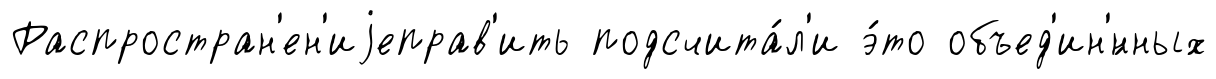
Распростран'ен'иjеправ'ить подсчита́л'и э́то объед'ин'́нных